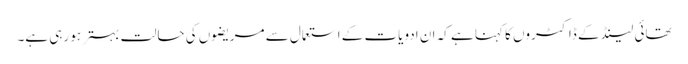
تھائی لینڈ کے ڈاکٹروں کا کہنا ہے کہ ان ادویات کے استعمال سے مریضوں کی حالت بہتر ہو رہی ہے۔